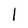
Character: l